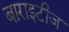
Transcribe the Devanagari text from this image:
बाराइटीज